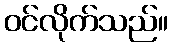
ဝင်လိုက်သည်။